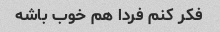
فکر کنم فردا هم خوب باشه